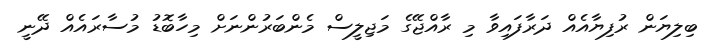
ބިލިޔަން ރުފިޔާއެއް ދަރާފައިވާ މި ރާއްޖޭގެ މަޖިލީސް މެންބަރުންނަށް މިހާބޮޑު މުސާރައެއް ދޭނީ